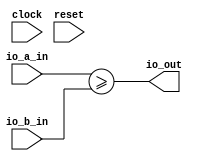
module comparer(
  input        clock,
  input        reset,
  input  [9:0] io_a_in,
  input  [9:0] io_b_in,
  output       io_out
);
  assign io_out = io_a_in >= io_b_in; // @[pass.scala 11:17]
endmodule